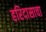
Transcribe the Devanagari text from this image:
हरिदासाचा